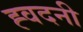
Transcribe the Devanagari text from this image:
ह्वदनी